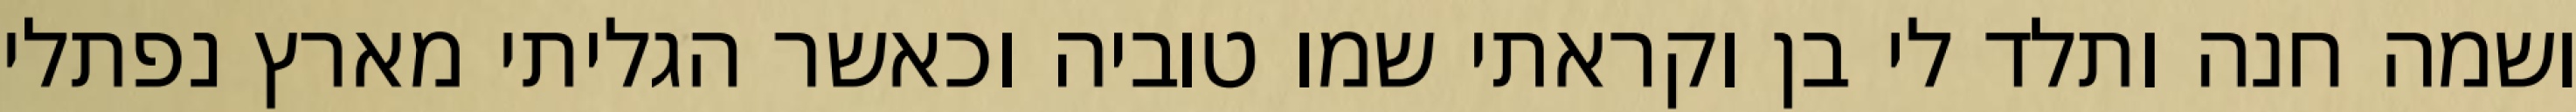
ושמה חנה ותלד לי בן וקראתי שמו טוביה וכאשר הגליתי מארץ נפתלי